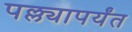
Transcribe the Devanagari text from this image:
पल्ल्यापर्यंत